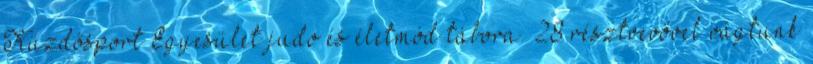
Küzdősport Egyesület judo és életmód tábora. 28 résztvevővel vágtunk